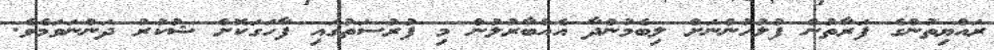
ރައްޔިތުންގެ ފަރާތުން ފުލުހުންނަށް ލިބެމުންދާ އެއްބާރުލުން މި ފުރުސަތުގައި ފާހަގަކޮށް ޝުކުރު ދަންނަވަމެވެ.